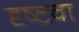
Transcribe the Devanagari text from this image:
दृष्टवा